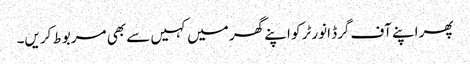
پھر اپنے آف گرڈ انورٹر کو اپنے گھر میں کہیں سے بھی مربوط کریں۔